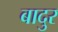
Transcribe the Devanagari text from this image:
बादुर